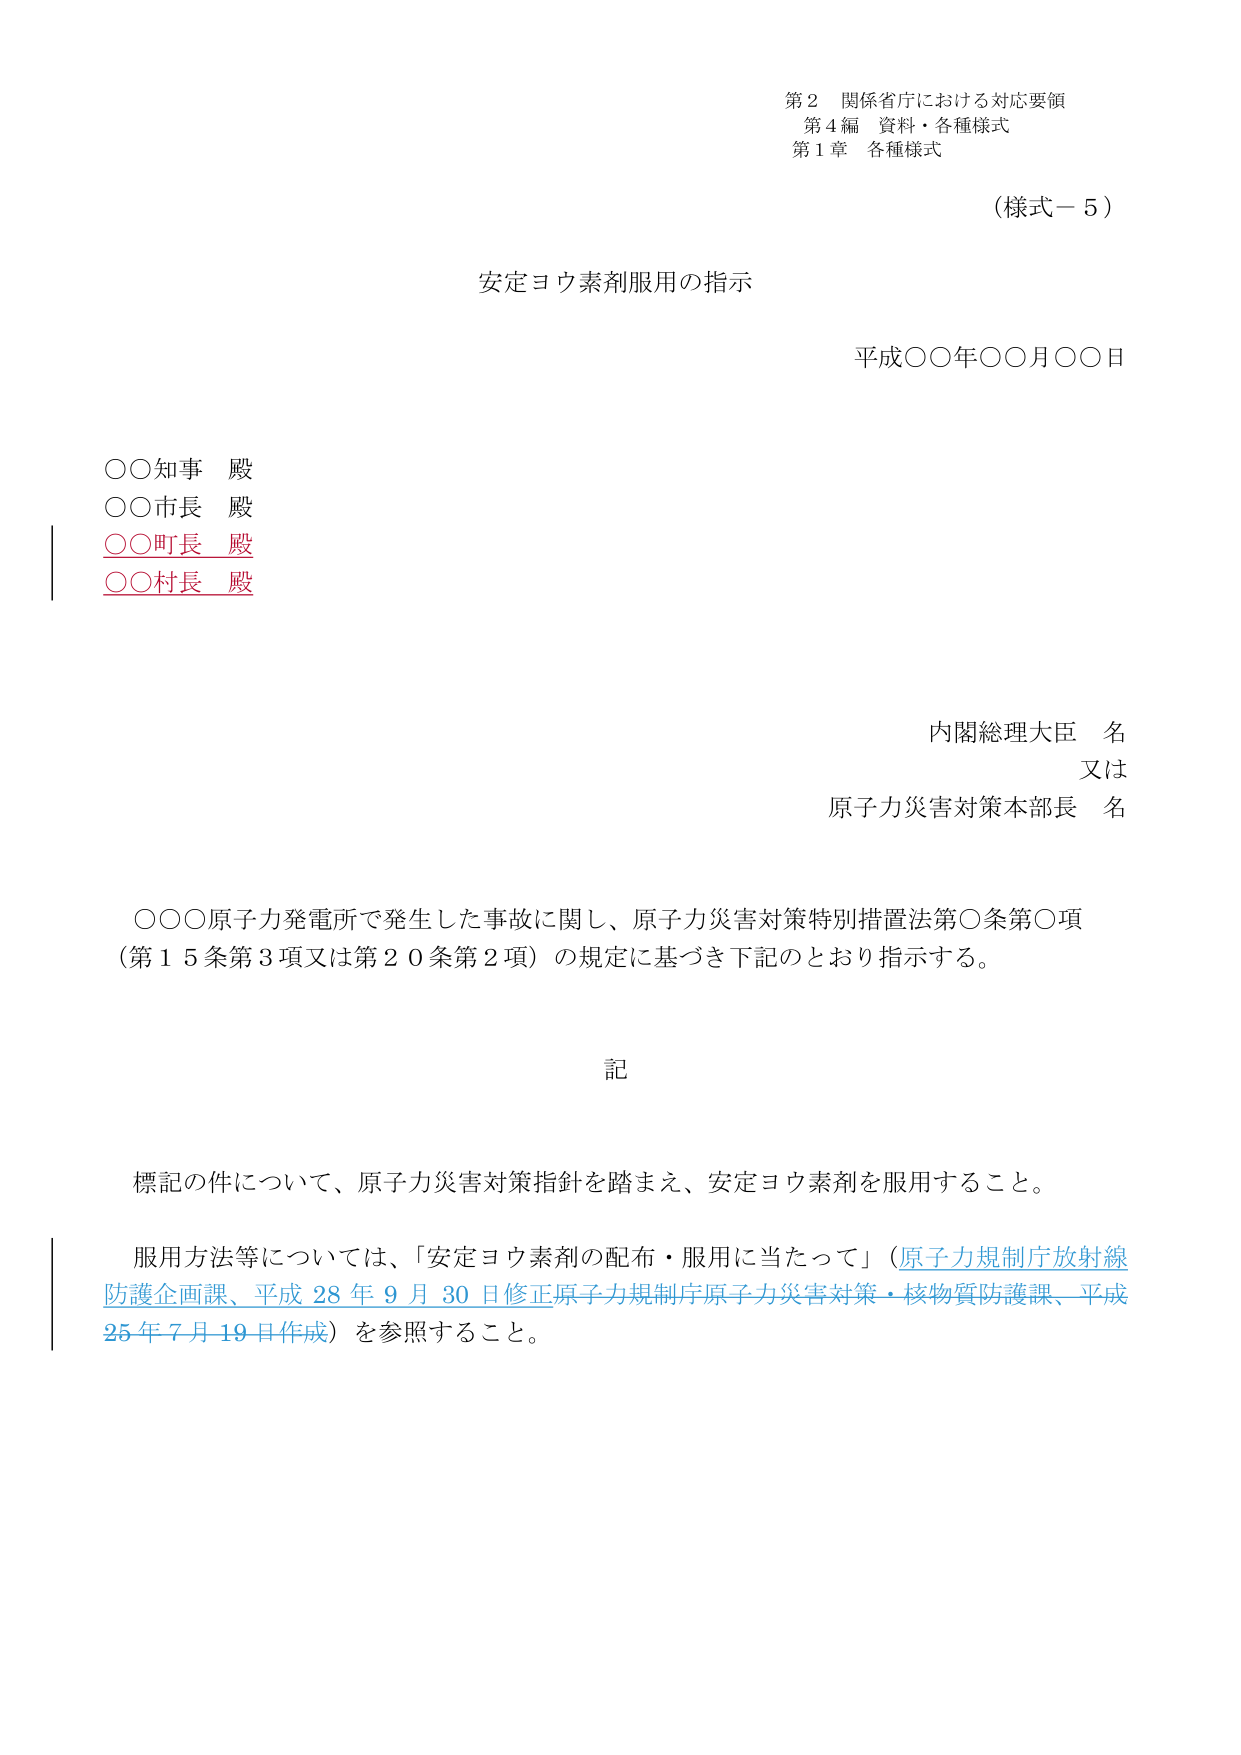
第２ 関係省庁における対応要領
第４編 資料・各種様式
第１章 各種様式

（様式－５）

安定ヨウ素剤服用の指示

平成○○年○○月○○日

○○知事 殿
○○市長 殿
○○町長 殿
○○村長 殿

内閣総理大臣 名
又は
原子力災害対策本部長 名

○○○原子力発電所で発生した事故に関し、原子力災害対策特別措置法第○条第○項
（第１５条第３項又は第２０条第２項）の規定に基づき下記のとおり指示する。

記

標記の件について、原子力災害対策指針を踏まえ、安定ヨウ素剤を服用すること。

服用方法等については、「安定ヨウ素剤の配布・服用に当たって」（原子力規制庁放射線防護企画課、平成28年9月30日修正原子力規制庁原子力災害対策・核物質防護課、平成25年7月19日作成）を参照すること。